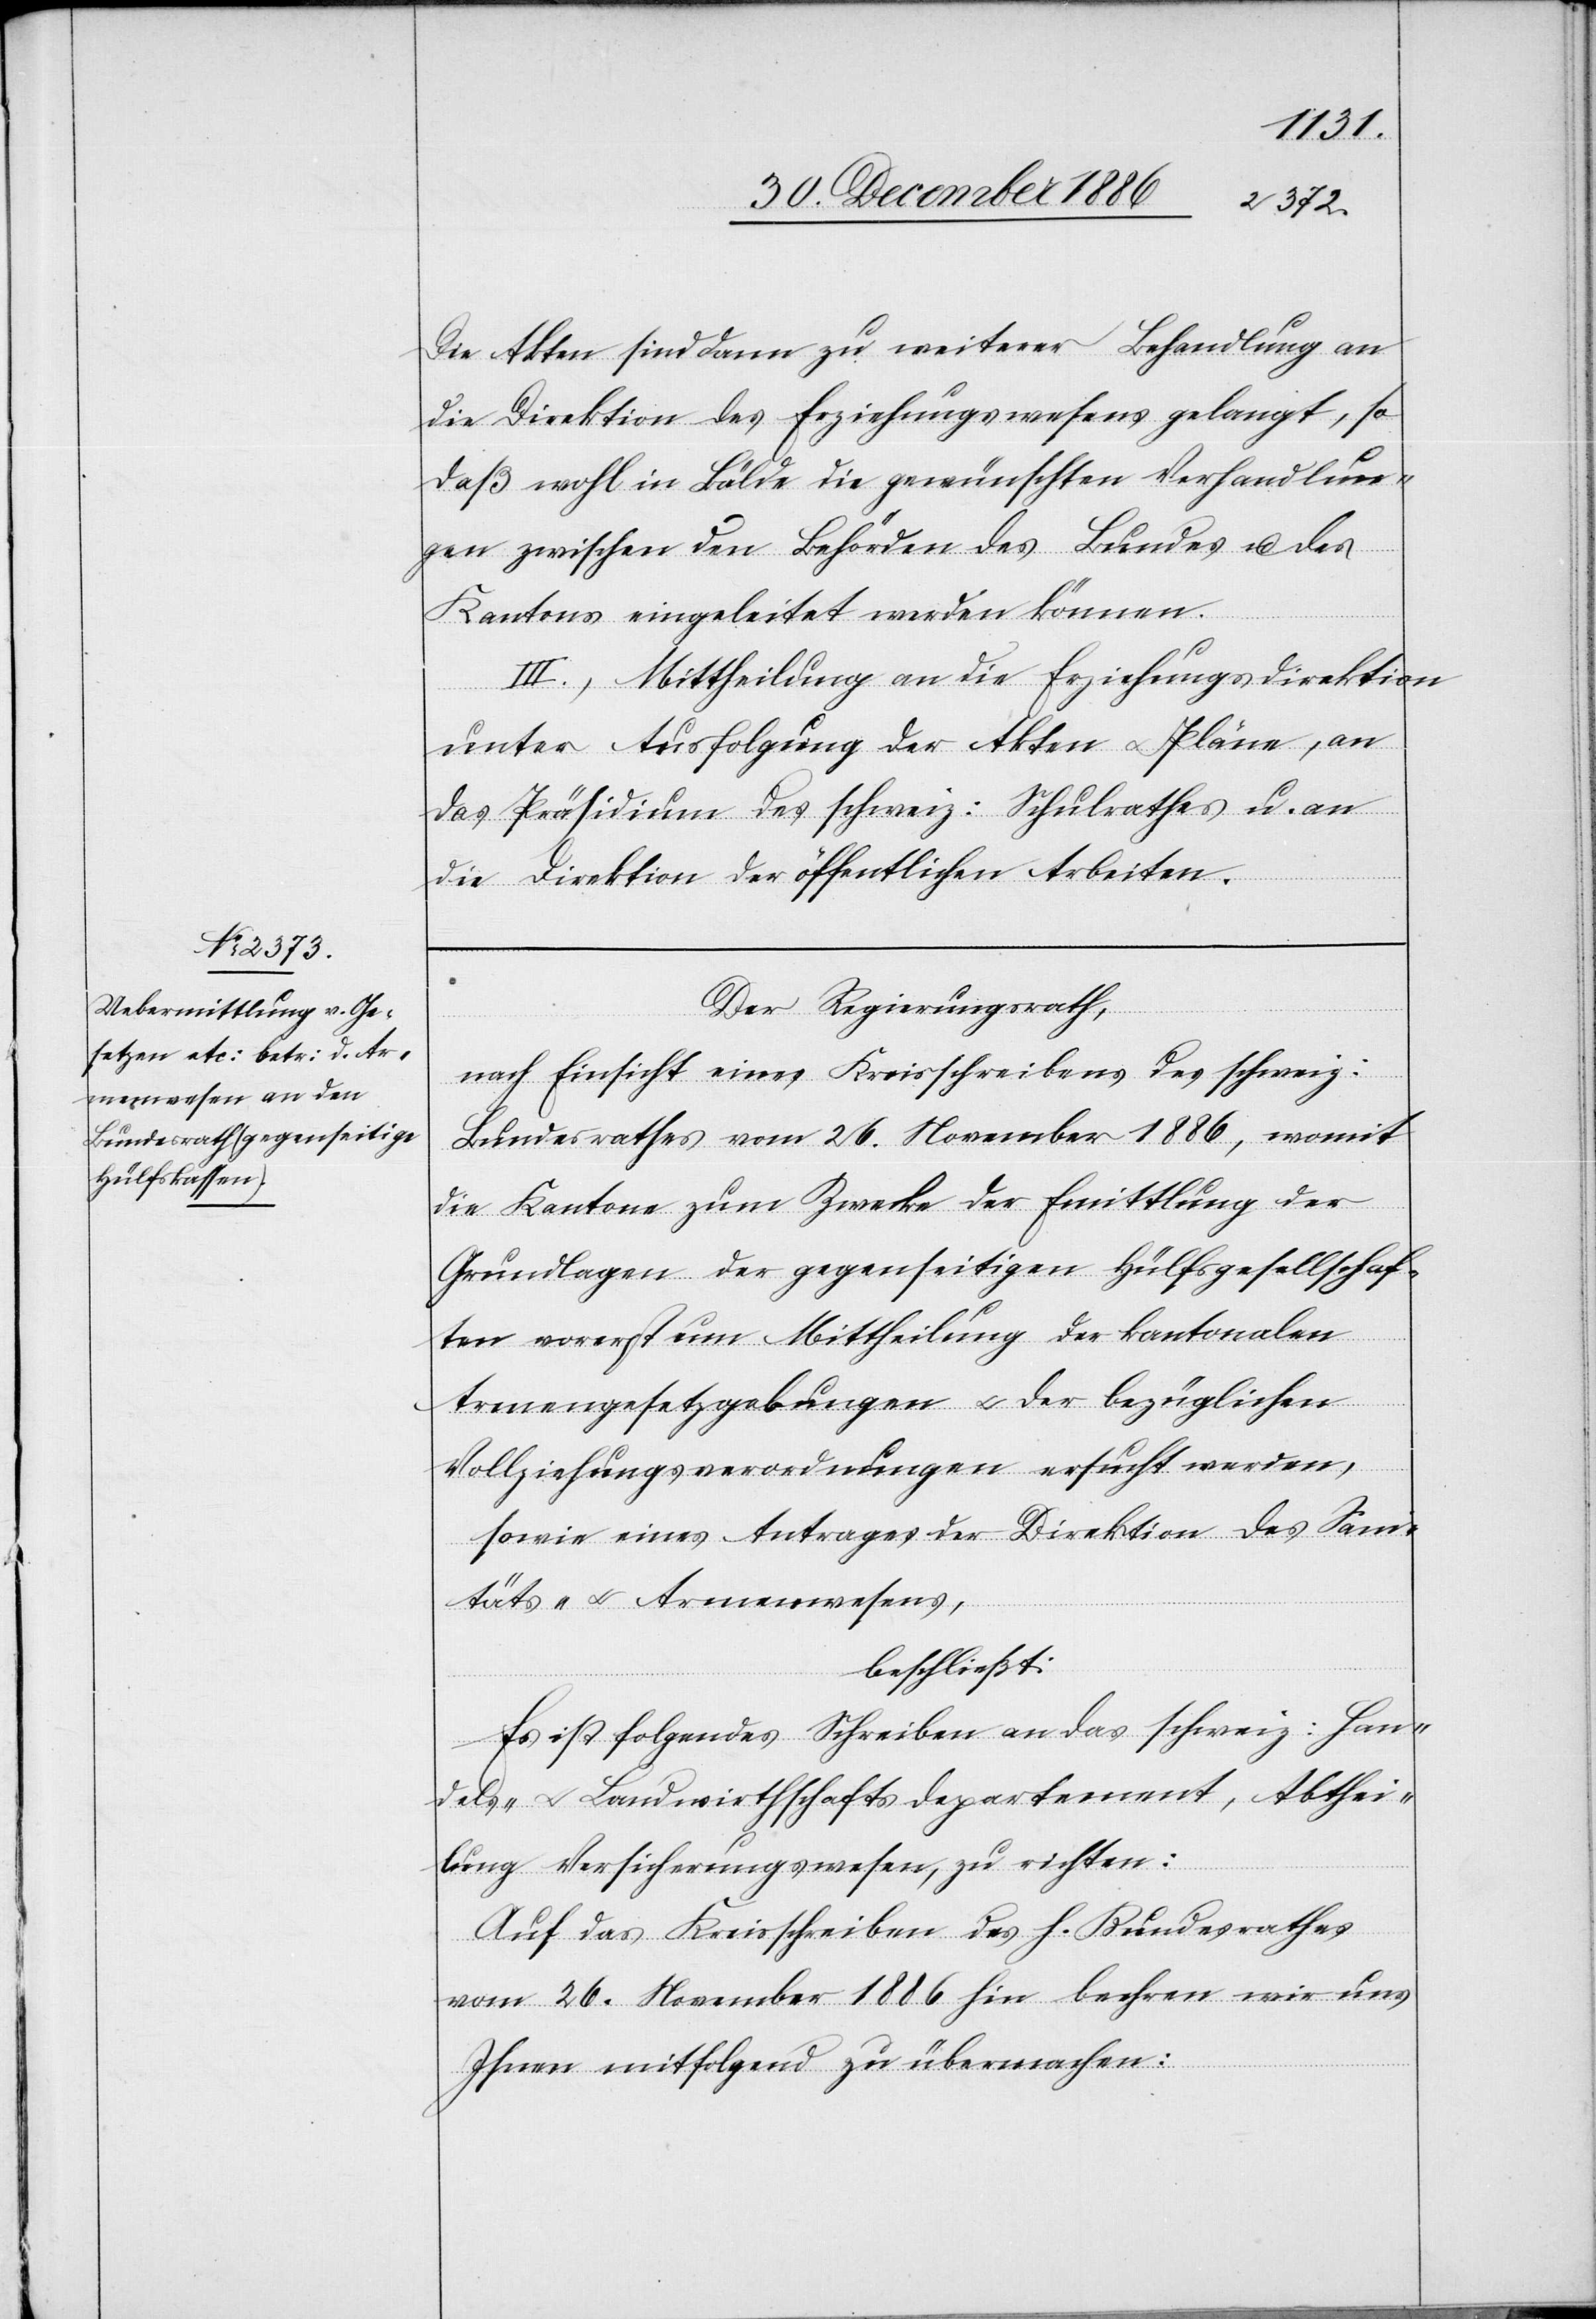
Die Akten sind dann zu weiterer Behandlung an
die Direktion des Erziehungswesens gelangt, so
daß wohl in Bälde die gewünschten Verhandlun¬
gen zwischen den Behörden des Bundes u. des
Kantons eingeleitet werden können.
III.) Mittheilung an die Erziehungsdirektion
unter Ausfolgung der Akten & Pläne, an
das Präsidium des schweiz: Schulrathes u. an
die Direktion der öffentlichen Arbeiten.
Der Regierungsrath,
nach Einsicht eines Kreisschreibens des schweiz:
Bundesrathes vom 26. November 1886, womit
die Kantone zum Zwecke der Ermittlung der
Grundlagen der gegenseitigen Hülfsgesellschaf¬
ten vorerst um Mittheilung der kantonalen
Armengesetzgebungen & der bezüglichen
Vollziehungsverordnungen ersucht werden,
sowie eines Antrages der Direktion des Sani¬
täts- & Armenwesens,
beschließt:
Es ist folgendes Schreiben an das schweiz: Han¬
dels- & Landwirthschaftsdepartement, Abthei¬
lung Versicherungswesen, zu richten:
Auf das Kreisschreiben des h. Bundesrathes
vom 26. November 1886 hin beehren wir uns
Ihnen mitfolgend zu übermachen: